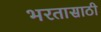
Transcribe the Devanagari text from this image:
भरतासाठी